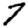
Digit: 7